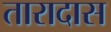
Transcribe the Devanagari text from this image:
तारादास